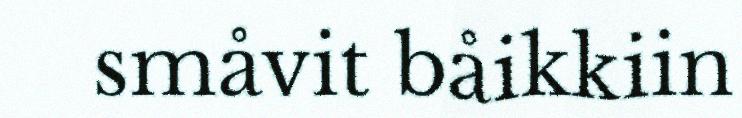
småvit båikkiin